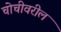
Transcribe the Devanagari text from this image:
चोचीवरील